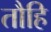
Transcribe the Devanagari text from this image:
तौहि